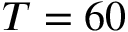
T = 6 0